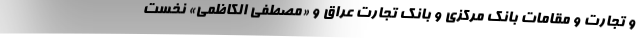
و تجارت و مقامات بانک مرکزی و بانک تجارت عراق و «مصطفی الکاظمی» نخست